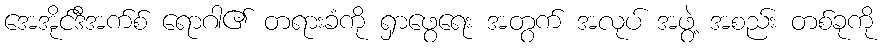
အေအိုင်ဒီအက်စ် ရောဂါ၏ တရားခံကို ရှာဖွေရေး အတွက် အလုပ် အဖွဲ့ အစည်း တစ်ခုကို